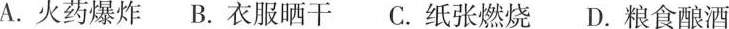
A.火药爆炸 B.衣服晒干 C.纸张燃烧 D.粮食酿酒